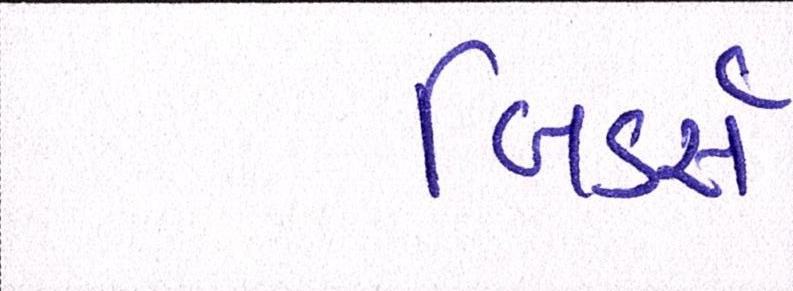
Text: બિડર્સ